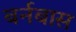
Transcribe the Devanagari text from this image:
बर्नबास